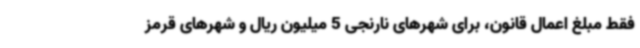
فقط مبلغ اعمال قانون، برای شهرهای نارنجی 5 میلیون ریال و شهرهای قرمز